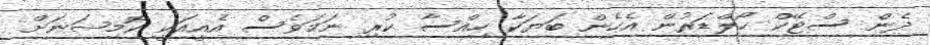
ދެން ސްޓޭކް ހޯލްޑަރުން އެހެން ބަޔަކާ ހިއްސާ ކުރި ނަމަވެސް އެއީއަކީ ކޮމިޝަނަށް